Annual report on the health of the army in India
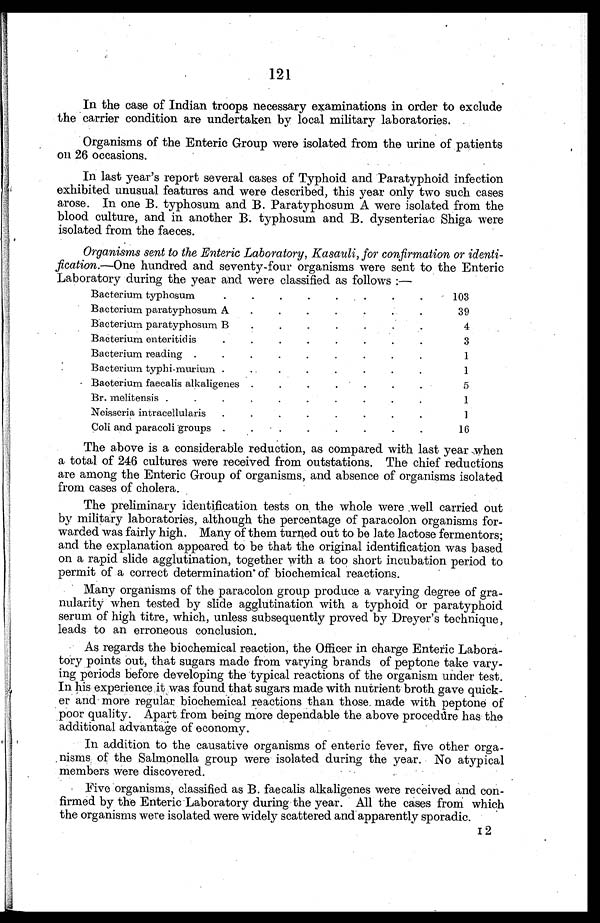
121
In the case of Indian troops necessary examinations in order to exclude
the carrier condition are undertaken by local military laboratories.
Organisms of the Enteric Group were isolated from the urine of patients
on 26 occasions.
In last year's report several cases of Typhoid and Paratyphoid infection
exhibited unusual features and were described, this year only two such cases
arose. In one B. typhosum and B. Paratyphosum A were isolated from the
blood culture, and in another B. typhosum and B. dysenteriac Shiga were
isolated from the faeces.
Organisms sent to the Enteric Laboratory, Kasauli, for confirmation or identi
- f i c a t i o n . —
O n e
h u n d r e d a n d s e v e n t y - f o u r o r g a n i s m s w e r e s e n t t o t h e E n t e r i c
Laboratory during the year and were classified as follows :—
Bacterium typhosum. . .
1 0 9
Bacterium paratyphosum A
. . .
39
Bacterium paratyphosum B
. . .
4
Bacterium enteritidis
. . .
3
Bacterium reading . . .
1
Bacterium typhi-murium. . .
1
Bacterium faecalis alkaligenes . . .
5
Br. melitensis . . .
1
Neisseria intracellularis
. . .
1
Coli and paracoligroups . . .
16
The above is a considerable reduction, as compared with last year when
a total of 246 cultures were received from outstations. The chief reductions
are among the Enteric Group of organisms, and absence of organisms isolated
from cases of cholera.
The preliminary identification tests on the whole were well carried out
by military laboratories, although the percentage of paracolon organisms for
- w a r d e d w a s f a i r l y h i g h . M a n y o f t h e m t u r n e d o u t t o b e l a t e l a c t o s e f e r m e n t o r s ;
and the explanation appeared to be that the original identification was based
on a rapid slide agglutination, together with a too short incubation period to
permit of a correct determination of biochemical reactions.
Many organisms of the paracolon group produce a varying degree of gra-
nularity when tested by slide agglutination with a typhoid or paratyphoid
serum of high titre, which, unless subsequently proved by Dreyer's technique,
leads to an erroneous conclusion.
As regards the biochemical reaction, the Officer in charge Enteric Labora-
tory points out, that sugars made from varying brands of peptone take vary
- i n g p e r i o d s b e f o r e d e v e l o p i n g t h e t y p i c a l r e a c t i o n s o f t h e o r g a n i s m u n d e r t e s t .
In his experience it was found that sugars made with nutrient broth gave quick-
er and more regular, biochemical reactions than those made with peptone of
poor quality. Apart from being more dependable the above procedure has the
additional advantage of economy.
In addition to the causative organisms of enteric fever, five other orga
- . n i s m s o f t h e S a l m o n e l l a g r o u p w e r e i s o l a t e d d u r i n g t h e y e a r . N o a t y p i c a l
members were discovered.
Five organisms, classified as B. faecalis alkaligenes were received and con
- f i r m e d b y t h e E n t e r i c L a b o r a t o r y d u r i n g t h e y e a r . A l l t h e c a s e s f r o m w h i c h
the organisms were isolated were widely scattered and apparently sporadic.
1 2